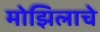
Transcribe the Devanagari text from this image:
मोझिलाचे